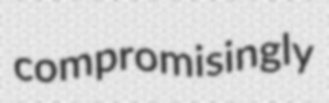
compromisingly